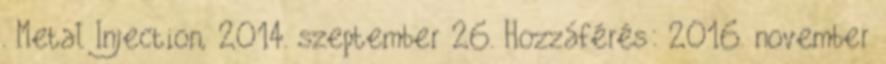
. Metal Injection, 2014. szeptember 26. Hozzáférés: 2016. november